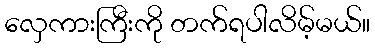
လှေကားကြီးကို တက်ရပါလိမ့်မယ်။